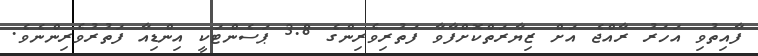
ފާއިތުވި އަހަރު ރާއްޖެ އަށް ޒިޔާރަތްކޮށްފާވާ ފަތުރިވެރިންގެ 3.8 ޕަސެންޓަކީ އިންޑިއާ ފަތުރުވެރިންނެވެ.